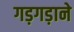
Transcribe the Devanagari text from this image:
गड़गड़ाने